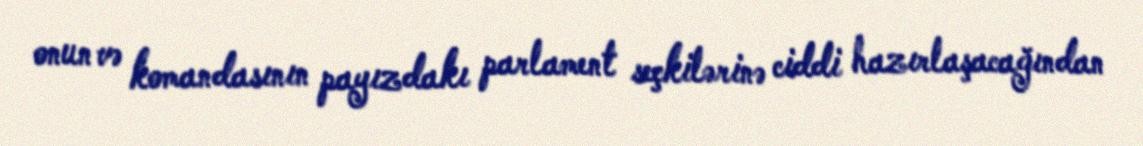
onun və komandasının payızdakı parlament seçkilərinə ciddi hazırlaşacağından